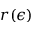
r ( \epsilon )